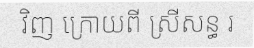
វិញ ក្រោយពី ស្រីសន្ធ រ